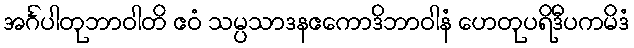
အင်္ဂပါတုဘာဝါတိ ဧဝံ သမ္ပသာဒနဧကောဒိဘာဝါနံ ဟေတုပရိဒီပကမိဒံ